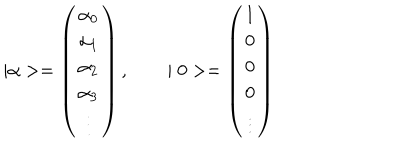
\mid \alpha > = \left( \begin{array} { c } { { \alpha _ { 0 } } } \\ { { \alpha _ { 1 } } } \\ { { \alpha _ { 2 } } } \\ { { \alpha _ { 3 } } } \\ { { \vdots } } \\ \end{array} \right) , ~ \mid 0 > = \left( \begin{array} { c } { { 1 } } \\ { { 0 } } \\ { { 0 } } \\ { { 0 } } \\ { { \vdots } } \\ \end{array} \right)